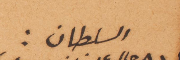
السلطان: